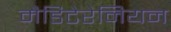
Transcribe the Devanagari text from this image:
मैडिटेरेनियन